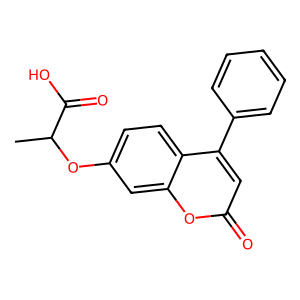
SMILES: CC(Oc1ccc2c(-c3ccccc3)cc(=O)oc2c1)C(=O)O
Inhibits HIV replication: No